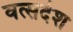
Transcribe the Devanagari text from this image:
वत्सदेश